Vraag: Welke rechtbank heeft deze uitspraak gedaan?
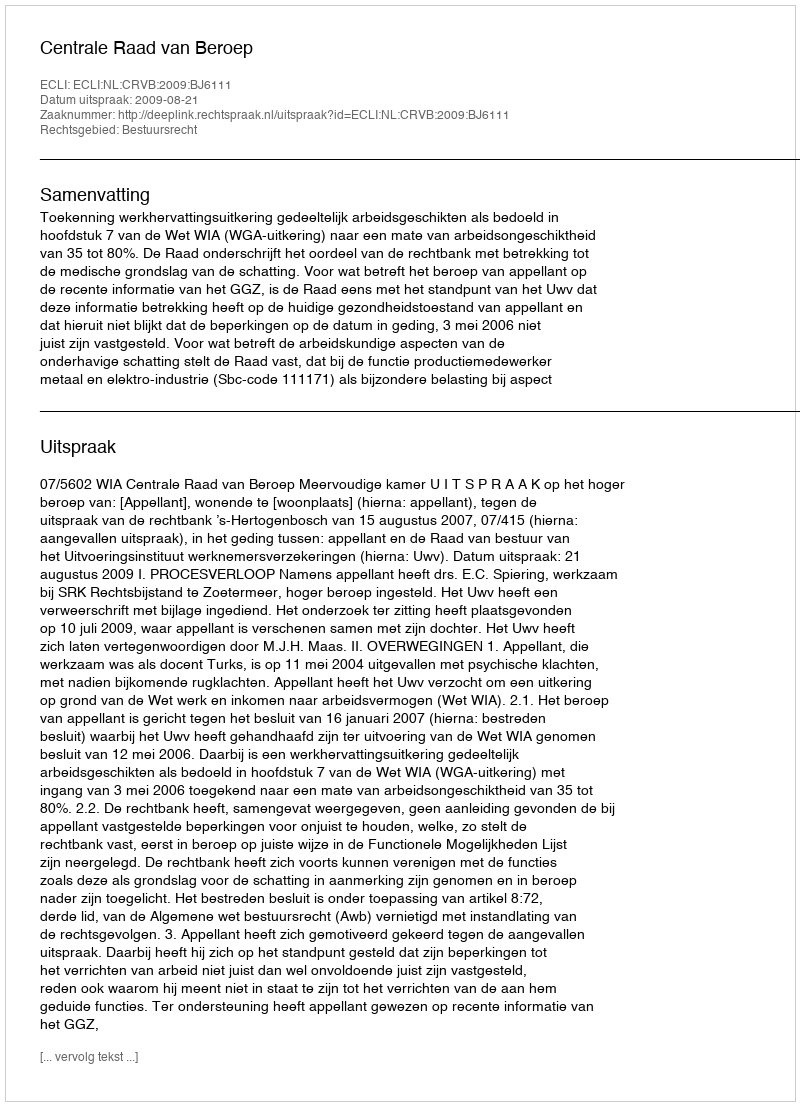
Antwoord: Centrale Raad van Beroep